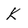
Character: K